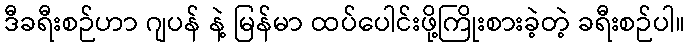
ဒီခရီးစဉ်ဟာ ဂျပန် နဲ့ မြန်မာ ထပ်ပေါင်းဖို့ကြိုးစားခဲ့တဲ့ ခရီးစဉ်ပါ။